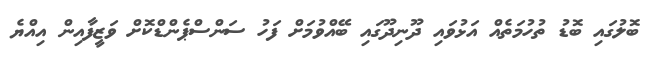
ބޮލުގައި ބޮޑު ތުހުމަތެއް އަޅުވައި ދޫނިދޫގައި ބޭއްވުމަށް ފަހު ސަންސްޕެންޑްކޮށް ވަޒީފާއިން އިއްޔެ